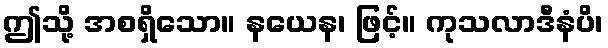
ဤသို့ အစရှိသော။ နယေန၊ ဖြင့်။ ကုသလာဒီနံပိ၊